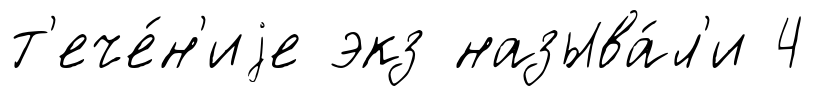
т'ече́н'иjе экз называ́л'и 4